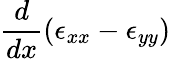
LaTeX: \frac{d}{dx}\left(\epsilon_{xx}-\epsilon_{yy}\right)